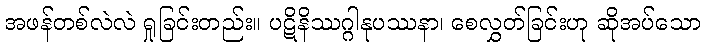
အဖန်တစ်လဲလဲ ရှုခြင်းတည်း။ ပဋိနိဿဂ္ဂါနုပဿနာ၊ စေလွှတ်ခြင်းဟု ဆိုအပ်သော